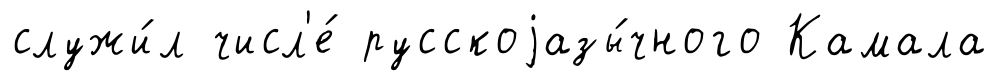
служи́л числ'е́ русскоjазы́чного Камала